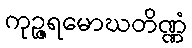
ကုဉ္ဇရမောဃတိဏ္ဏံ